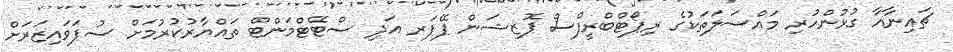
ޗައިނާއާ ގުޅުންހުރި މައްސަލަތަކުގެ ރިޕޯޓްބްރީފްސް ޕޮޒިޝަން ޕޭޕަރ އަދި ސްޓޭޓްމަންޓް ތައްޔާރުކުރުމަށް ސުޕަވައިޒަރަށް